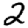
Digit: 2